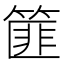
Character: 篚